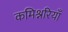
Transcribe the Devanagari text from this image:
कमिश्नरियाँ